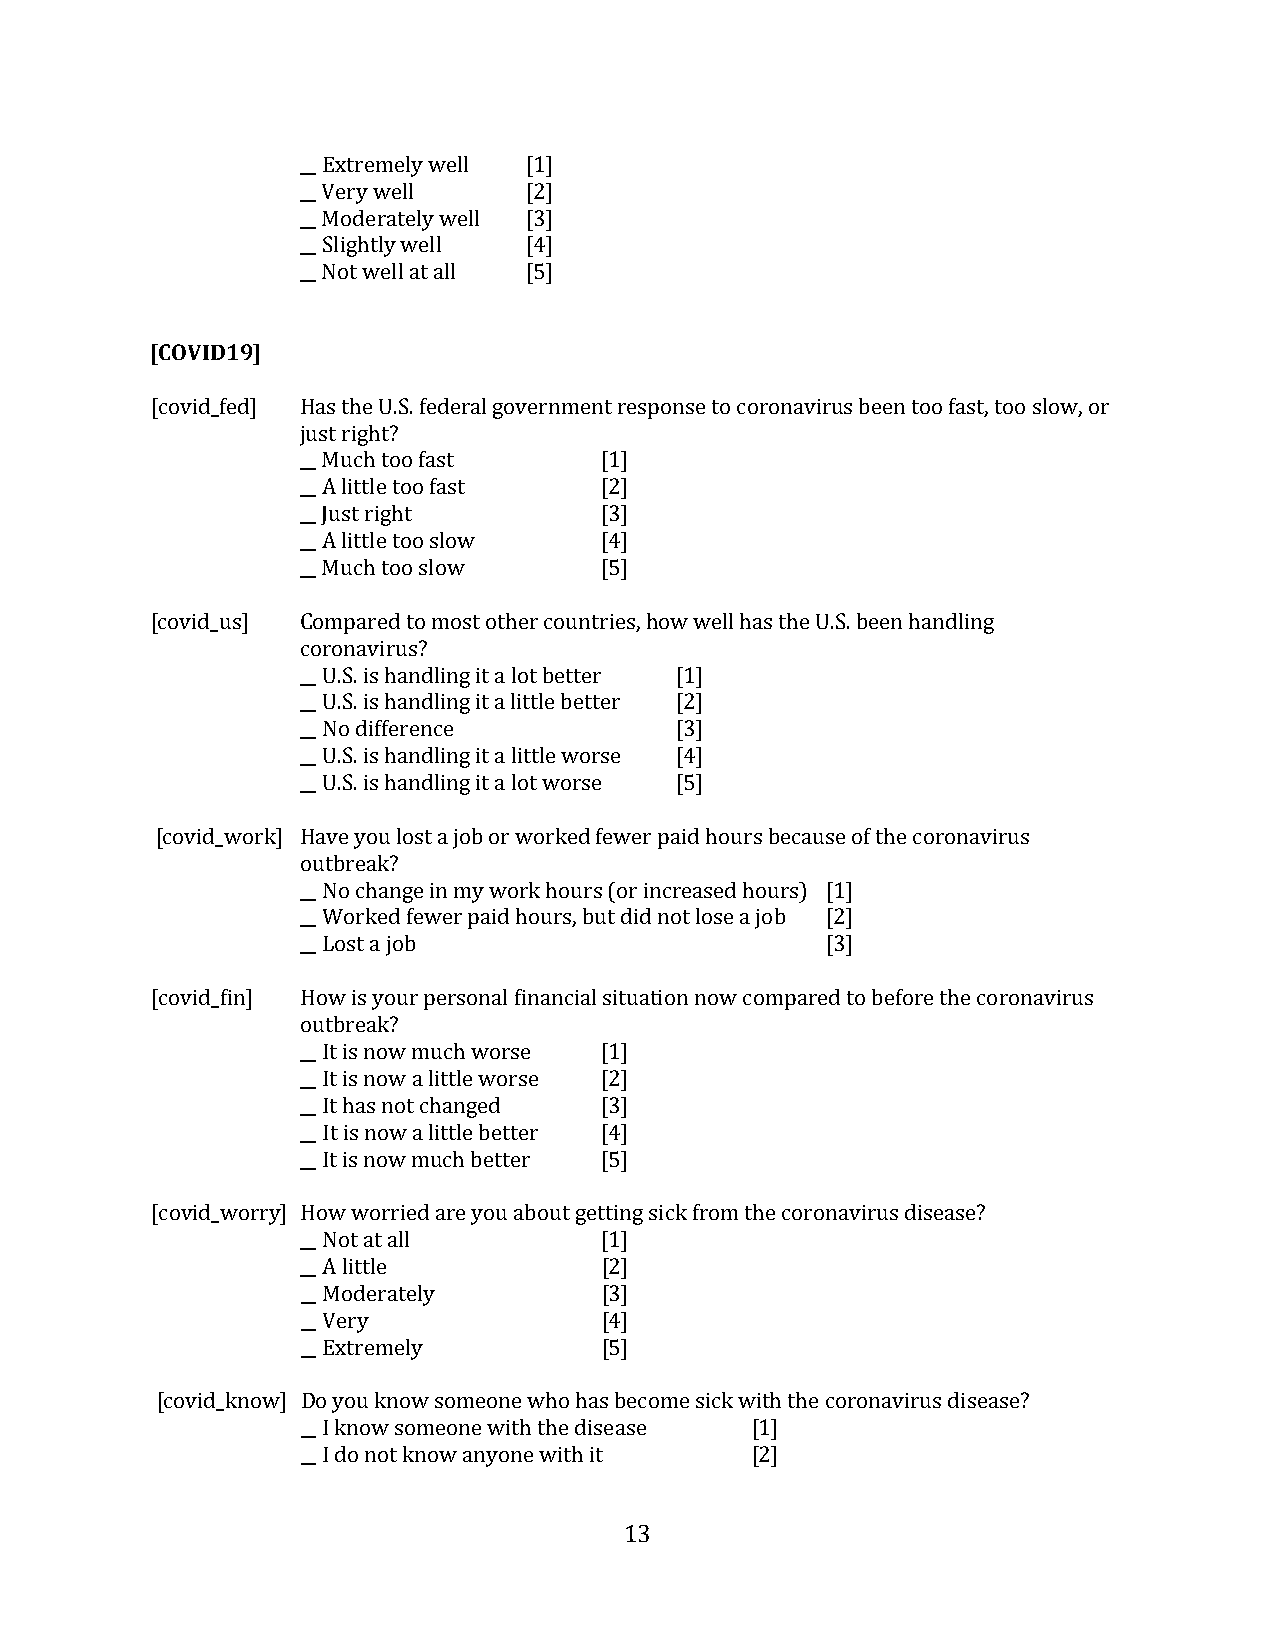
__ Extremely well [1]
 __ Very well   [2]
 __ Moderately well [3]
 __ Slightly well [4]
 __ Not well at all [5]
 [COVID19]
 [covid_fed] Has the U.S. federal government response to coronavirus been too fast, too slow, or
 just right?
 __ Much too fast    [1]
 __ A little too fast [2]
 __ Just right       [3]
 __ A little too slow [4]
 __ Much too slow    [5]
 [covid_us] Compared to most other countries, how well has the U.S. been handling
 coronavirus?
 __ U.S. is handling it a lot better [1]
 __ U.S. is handling it a little better [2]
 __ No difference         [3]
 __ U.S. is handling it a little worse [4]
 __ U.S. is handling it a lot worse [5]
 [covid_work] Have you lost a job or worked fewer paid hours because of the coronavirus
 outbreak?
 __ No change in my work hours (or increased hours) [1]
 __ Worked fewer paid hours, but did not lose a job [2]
 __ Lost a job                      [3]
 [covid_fin] How is your personal financial situation now compared to before the coronavirus
 outbreak?
 __ It is now much worse [1]
 __ It is now a little worse [2]
 __ It has not changed [3]
 __ It is now a little better [4]
 __ It is now much better [5]
 [covid_worry] How worried are you about getting sick from the coronavirus disease?
 __ Not at all       [1]
 __ A little         [2]
 __ Moderately       [3]
 __ Very             [4]
 __ Extremely        [5]
 [covid_know] Do you know someone who has become sick with the coronavirus disease?
 __ I know someone with the disease [1]
 __ I do not know anyone with it [2]
 13